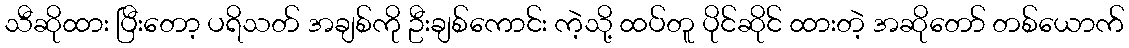
သီဆိုထား ပြီးတော့ ပရိသတ် အချစ်ကို ဦးချစ်ကောင်း ကဲ့သို့ ထပ်တူ ပိုင်ဆိုင် ထားတဲ့ အဆိုတော် တစ်ယောက်